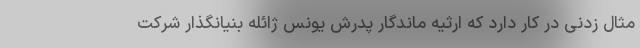
مثال زدنی در کار دارد که ارثیه ماندگار پدرش یونس ژائله بنیانگذار شرکت